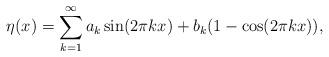
LaTeX: \begin{align*}\eta(x) = \sum_{k=1}^\infty a_k \sin(2\pi k x) + b_k (1-\cos(2\pi k x)),\end{align*}